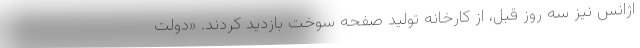
اژانس نیز سه روز قبل، از کارخانه تولید صفحه سوخت بازدید کردند. «دولت